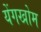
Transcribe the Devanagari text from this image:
येंगखोम